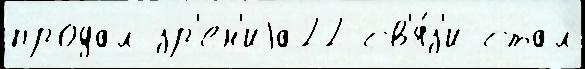
продал зр'ен'иjа22 св'я́з'и стал